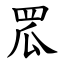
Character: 罛